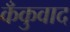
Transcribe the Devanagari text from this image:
कँकुवाद